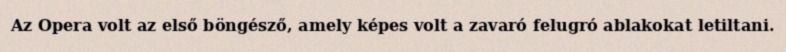
Az Opera volt az első böngésző, amely képes volt a zavaró felugró ablakokat letiltani.